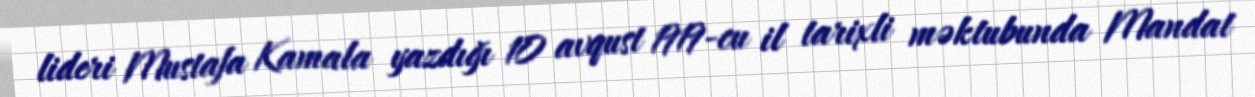
lideri Mustafa Kamala yazdığı 10 avqust 1919-cu il tarixli məktubunda Mandat